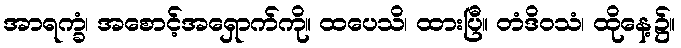
အာရက္ခံ၊ အစောင့်အရှောက်ကို။ ထပေသိ၊ ထားပြီ။ တံဒိဝသံ၊ ထိုနေ့၌။